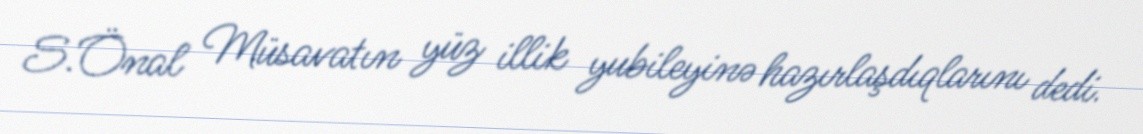
S.Önal Müsavatın yüz illik yubileyinə hazırlaşdıqlarını dedi.